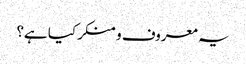
یہ معروف و منکر کیا ہے؟